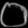
Digit: ၀